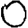
Digit: 0